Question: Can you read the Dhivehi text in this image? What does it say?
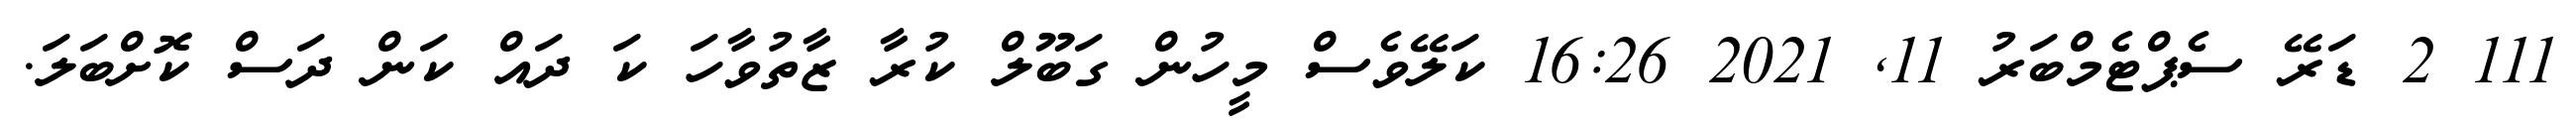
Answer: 111 2 ޑަރޭ ސެޕްޓެމްބަރު 11, 2021 16:26 ކަލޭވެސް މީހުން ގަބޫލް ކުރާ ޒާތުވާހަ ކަ ދައް ކަން ދަސް ކޮށްބަލަ.